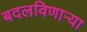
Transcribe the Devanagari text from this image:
बदलविणाऱ्या